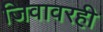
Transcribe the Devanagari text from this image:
जिवावरही